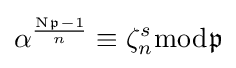
\alpha ^{\frac {\mathrm {N} {\mathfrak {p}}-1}{n}}\equiv \zeta _{n}^{s}{\bmod {\mathfrak {p}}}